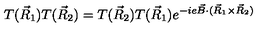
T ( \vec { R } _ { 1 } ) T ( \vec { R } _ { 2 } ) = T ( \vec { R } _ { 2 } ) T ( \vec { R } _ { 1 } ) e ^ { - i e \vec { B } \cdot ( \vec { R } _ { 1 } \times \vec { R } _ { 2 } ) }